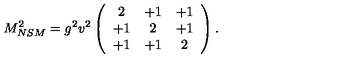
M _ { N S M } ^ { 2 } = g ^ { 2 } v ^ { 2 } \left( \begin{array} { c c c } { 2 } & { + 1 } & { + 1 } \\ { + 1 } & { 2 } & { + 1 } \\ { + 1 } & { + 1 } & { 2 } \\ \end{array} \right) . \,